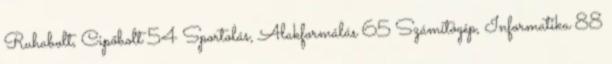
Ruhabolt, Cipőbolt 54 Sportolás, Alakformálás 65 Számítógép, Informatika 88